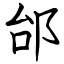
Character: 邰